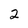
Character: 2